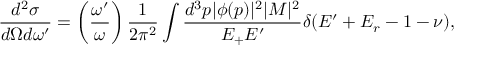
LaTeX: { \frac { d ^ { 2 } \sigma } { d \Omega d \omega ^ { \prime } } } = \left( { \frac { \omega ^ { \prime } } { \omega } } \right) { \frac { 1 } { 2 \pi ^ { 2 } } } \int { \frac { d ^ { 3 } p | \phi ( p ) | ^ { 2 } | { \cal { M } } | ^ { 2 } } { E _ { + } E ^ { \prime } } } \delta ( E ^ { \prime } + E _ { r } - 1 - \nu ) ,